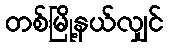
တစ်မြို့နယ်လျှင်